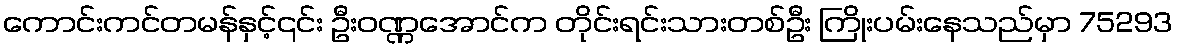
ကောင်းကင်တမန်နှင့်၎င်း ဦးဝဏ္ဏအောင်က တိုင်းရင်းသားတစ်ဦး ကြိုးပမ်းနေသည်မှာ 75293